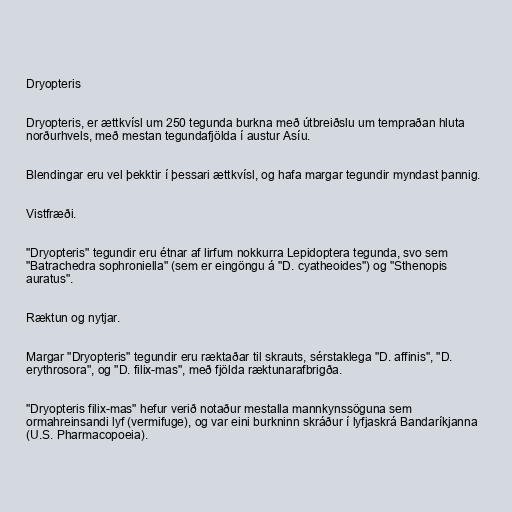
Dryopteris

Dryopteris, er ættkvísl um 250 tegunda burkna með útbreiðslu um tempraðan hluta
norðurhvels, með mestan tegundafjölda í austur Asíu.

Blendingar eru vel þekktir í þessari ættkvísl, og hafa margar tegundir myndast þannig.

Vistfræði.

"Dryopteris" tegundir eru étnar af lirfum nokkurra Lepidoptera tegunda, svo sem
"Batrachedra sophroniella" (sem er eingöngu á "D. cyatheoides") og "Sthenopis
auratus".

Ræktun og nytjar.

Margar "Dryopteris" tegundir eru ræktaðar til skrauts, sérstaklega "D. affinis", "D.
erythrosora", og "D. filix-mas", með fjölda ræktunarafbrigða.

"Dryopteris filix-mas" hefur verið notaður mestalla mannkynssöguna sem
ormahreinsandi lyf (vermifuge), og var eini burkninn skráður í lyfjaskrá Bandaríkjanna
(U.S. Pharmacopoeia).